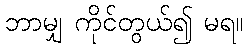
ဘာမျှ ကိုင်တွယ်၍ မရ။